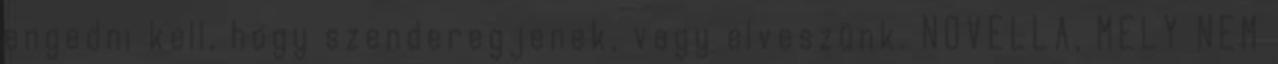
engedni kell, hogy szenderegjenek, vagy elveszünk. NOVELLA, MELY NEM